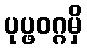
ပုပ္ဖဝဂ္ဂမှိ